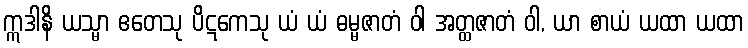
ဣဒါနိ ယသ္မာ ဧတေသု ပိဋကေသု ယံ ယံ ဓမ္မဇာတံ ဝါ အတ္ထဇာတံ ဝါ, ယာ စာယံ ယထာ ယထာ